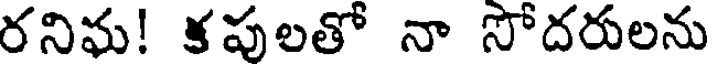
రనిఘ! కపులతో నా సోదరులను